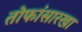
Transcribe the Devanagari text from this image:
तोफांसारखा